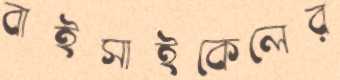
বাইসাইকেলের